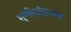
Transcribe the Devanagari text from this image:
सुप्पीलुलिउमा